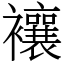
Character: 𧟄